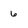
Character: 6